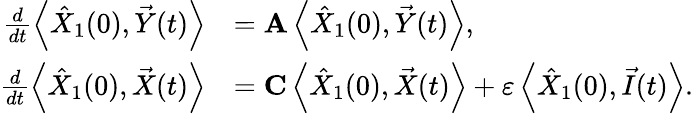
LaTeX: \begin{array}{rl}{\frac{d}{dt}\left\langle\hat{X}_{1}(0),\vec{Y}(t)\right\rangle}&{=\mathbf{A}\left\langle\hat{X}_{1}(0),\vec{Y}(t)\right\rangle,}\\ {\frac{d}{dt}\left\langle\hat{X}_{1}(0),\vec{X}(t)\right\rangle}&{=\mathbf{C}\left\langle\hat{X}_{1}(0),\vec{X}(t)\right\rangle+\varepsilon\left\langle\hat{X}_{1}(0),\vec{I}(t)\right\rangle.}\end{array}